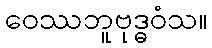
ဝေဿဘူဗုဒ္ဓဝံသ။